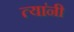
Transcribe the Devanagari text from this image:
त्या॑नी